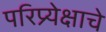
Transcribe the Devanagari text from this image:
परिप्र्येक्षाचे